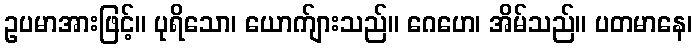
ဥပမာအားဖြင့်။ ပုရိသော၊ ယောက်ျားသည်။ ဂေဟေ၊ အိမ်သည်။ ပတမာနေ၊